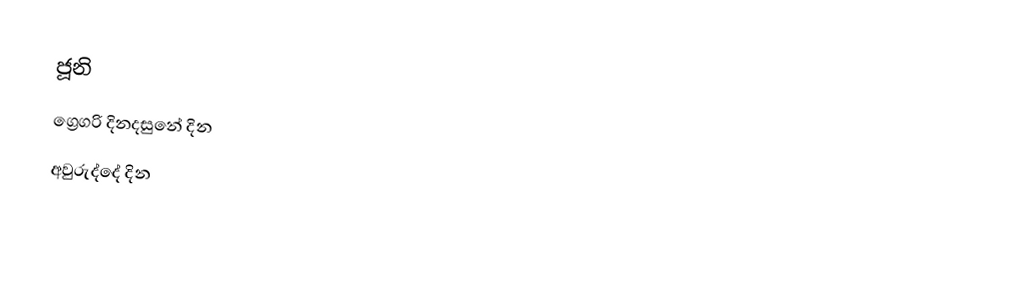
ජූනි
ග්‍රෙගරි දිනදසුනේ දින
අවුරුද්දේ දින